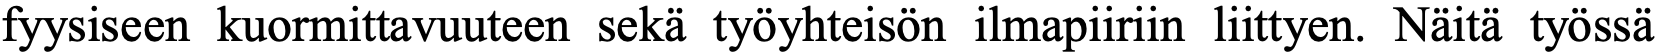
fyysiseen kuormittavuuteen sekä työyhteisön ilmapiiriin liittyen. Näitä työssä